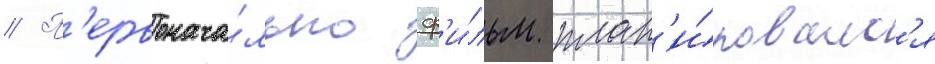
// П'ервонача́льно ф'и́льм план'и́ровалс'я